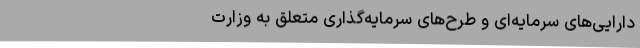
‌دارایی‌های ‌سرمایه‌ای ‌و طرح‌های‌ سرمایه‌گذاری ‌متعلق ‌به ‌وزارت‌